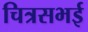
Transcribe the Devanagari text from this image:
चित्रसभई